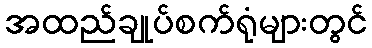
အထည်ချုပ်စက်ရုံများတွင်